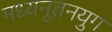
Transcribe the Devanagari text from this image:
मध्यनूतनयुग